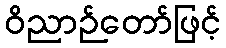
ဝိညာဉ်တော်ဖြင့်